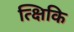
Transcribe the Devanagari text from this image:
त्क्षिकि